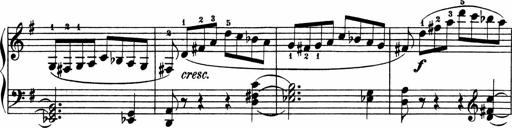
Title: 3 Sonatinen
Composer: Heinrich Lichner